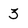
Character: 3